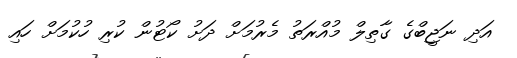
އަދި ނަޖީބްގެ ގާތިލް މުއްރަތު މެރުމަށް ދަށު ކޯޓުން ކުރި ހުކުމަށް ހައި